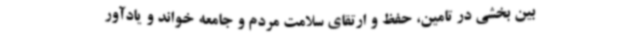
بین بخشی در تامین، حفظ و ارتقای سلامت مردم و جامعه خواند و یادآور